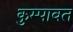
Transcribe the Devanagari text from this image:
कुम्पावत